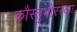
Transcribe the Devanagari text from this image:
कौस्तुभोरस्कः